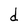
Character: d